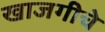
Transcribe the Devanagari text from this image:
खाजगीचे